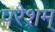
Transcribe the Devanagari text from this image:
परेशम्